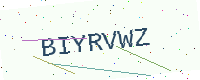
Text: BIYRVWZ